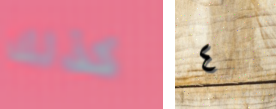
كذلك ٤